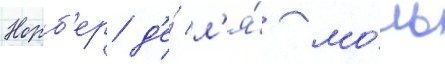
Норб'ер д'е́ л'я́ мо́ль